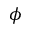
\phi